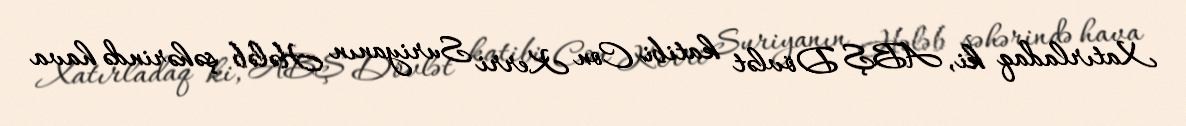
Xatırladaq ki, ABŞ Dövlət katibi Con Kerri Suriyanın Hələb şəhərində hava